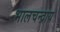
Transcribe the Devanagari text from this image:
भालचन्द्राय